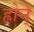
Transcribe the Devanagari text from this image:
होने्